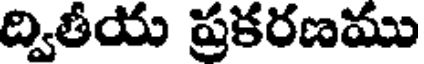
ద్వితీయ ప్రకరణము